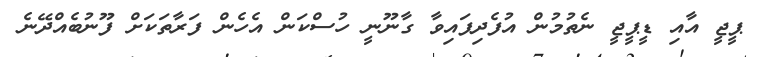
ޕީޖީ އާއި ޑީޕީޖީ ނެތުމުން އުފެދިފައިވާ ގާނޫނީ ހުސްކަން އެހެން ފަރާތަކަށް ފޫނުބެއްދޭނެ